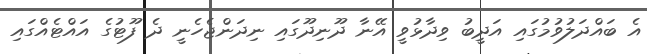
އެ ބައްދަލުވުމުގައި އަދީބު ވިދާޅުވީ އޭނާ ދޫނިދޫގައި ނިދަންޖެހެނީ ދެ ފޫޓުގެ އައްޓެއްގައި